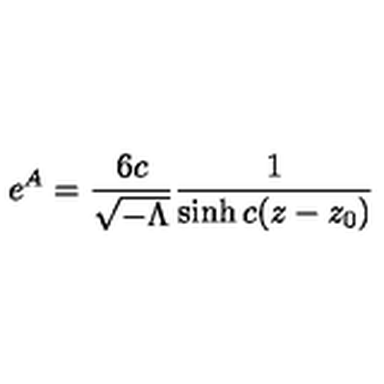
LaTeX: e ^ { A } = \frac { 6 c } { { \sqrt { - \Lambda } } } \frac { 1 } { \sinh c ( z - z _ { 0 } ) }